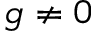
g \neq 0